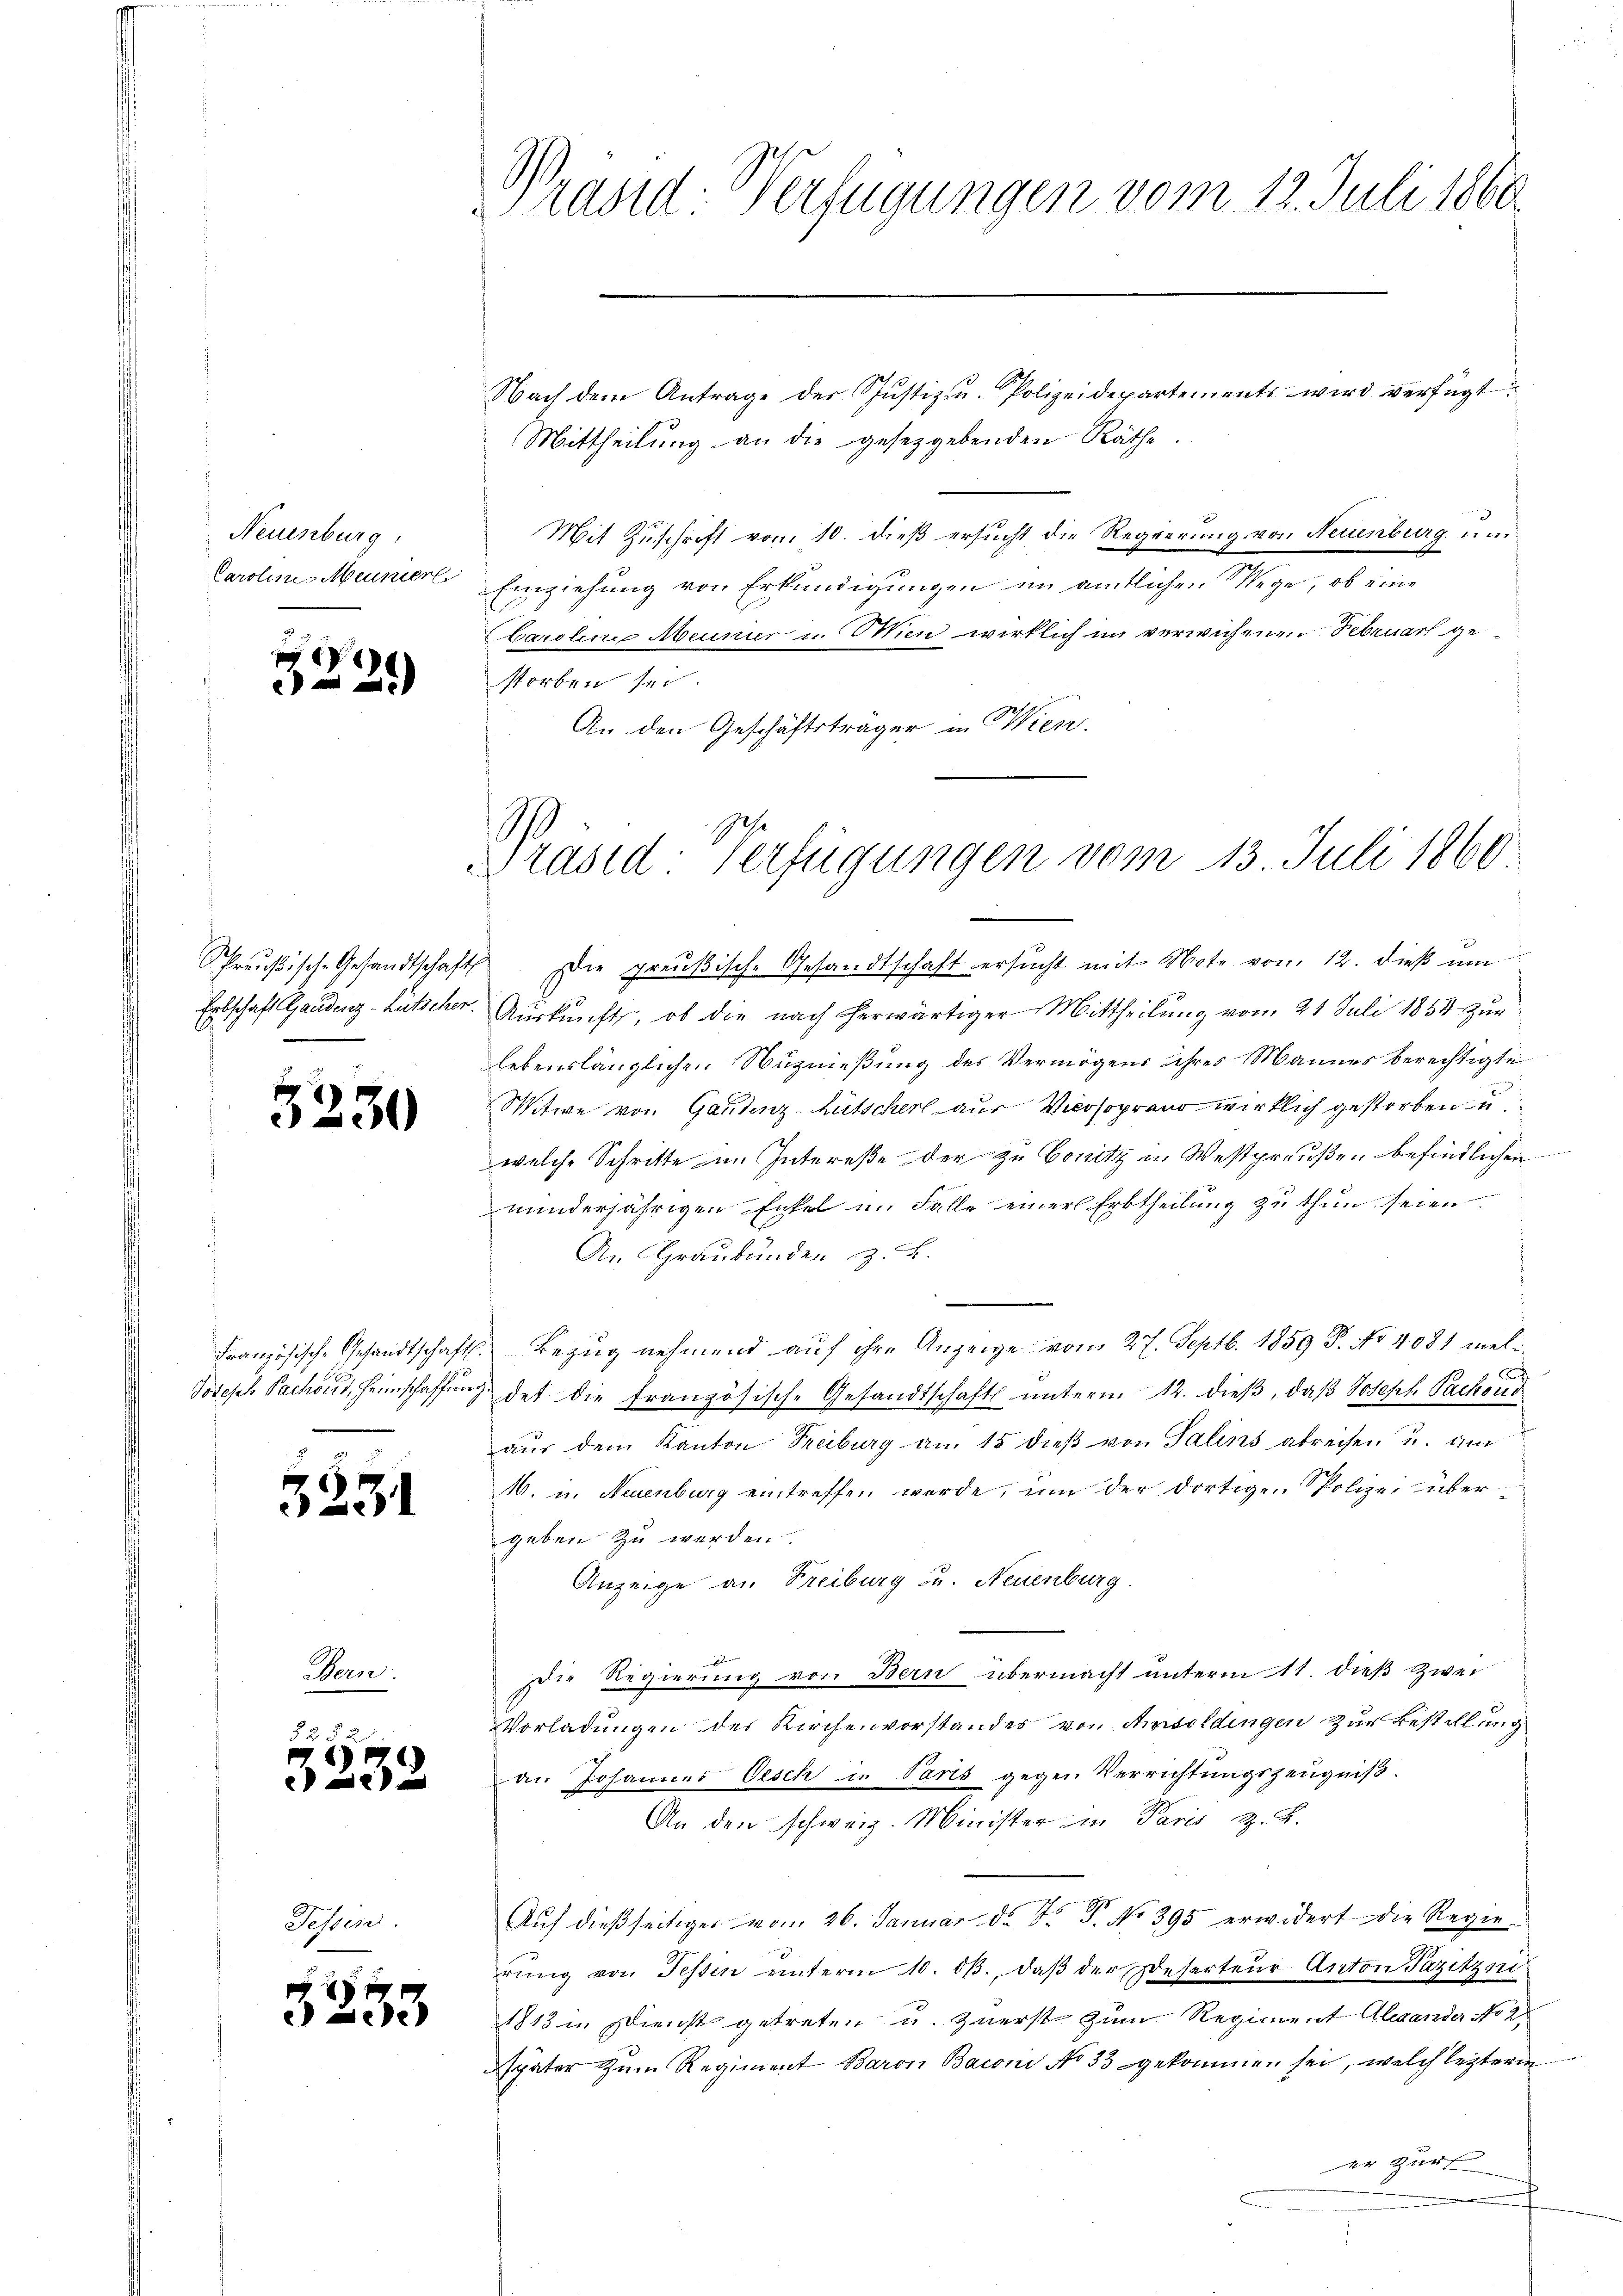
Neuenburg,
Caroline Menier

21)

Preußische Gesandtschafts
Erbschaft Gandenz - Rutscher.

3230

Französische Gesandtschaft
Jotesch Pachois, Heimschaffung

55

2

e
e

31

d

176)
de

Fessen.

53

Präsid-Verfügungen vom 12. Juli 1860.
Nach dem Antrage der Justiz- u. Polizeidepartements wird verfügt:
Mittheilung an die gesetzgebenden Räthe.

Mit Zuschrift vom 10. dieß ersucht die Regierung von Neuenburg un
Einziehung von Erkundigungen im amtlichen Wege, ob eine
Carolin Meunier u. Wien wirklich im verwichenen Rebenach ge
storben sei.
An den Geschäftsträger in Wien.

Präsid. Verfügungen vom 13. Juli 1860

Die preußische Gesandtschaft ersŭcht mit Note vom 12. dieß um
Auskunft, ob die nach herwärtiger Mittheilung vom 21 Juli 1854 zur
lebenslänglichen Nuznießung des Vermögens ihres Mannes berechtigte
Witwe von Gantenz-Zutscher aus Vilosoprand wirklich gestorben u
welche Schritte im Intereße der zu Bonitz in Westpreußen befindlichen
minderjährigen Enkel u. Falle einer Erbtheilung zu thun seien.
An Graubünden z. B.
e
 Bezug nehmend auf ihre Anzeige vom 27. Septb. 1859 P. No 4081 meludet die französisch-Gesandtschaft ŭnterm 12. dieβ, daβ Joseph Packend
aŭs dem Kanton Treiburg an. 15 dieβ von Salins abreisen u. an
A. u. Neuenburg eintreffen werde, um der dortige Polizei übergeben zu werden.
Anzeige an Freiburg zu. Neuenburg.
Die Regierung von Bern übermacht unterm 11. dieß zwei
Vorladungen des Kirchenvorstandes von Amsoldingen zur Bestellung
an Johannes Oesch in Parts gegen Verrichtungszeugniß.
An den schweiz. Minister in Paris z. B.
Auf dießseitiger vom 26. Januar d. J. P. No 395 erwidert die Regie-
rŭng von Fessen unterm 10. dβ., daβ der Deserteur-Anton Pazitzin
1813 in Dienst getreten u. zuerst zum Regiment Alexander No 2
später zum Regiment Baron Baron No 33 gekommen sei, welch leiteren
er zur